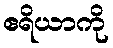
ဧရိယာကို